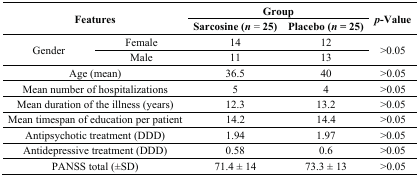
| <ROWSPAN=2-COLSPAN=2> Features | <COLSPAN=2> Group | <ROWSPAN=2> p-Value |
 | Sarcosine (n = 25) | Placebo (n = 25) |
 | --- | --- | --- | --- | --- |
 | <ROWSPAN=2> Gender | Female | 14 | 12 | <ROWSPAN=2> >0.05 |
 | Male | 11 | 13 |
 | <COLSPAN=2> Age (mean) | 36.5 | 40 | >0.05 |
 | <COLSPAN=2> Mean number of hospitalizations | 5 | 4 | >0.05 |
 | <COLSPAN=2> Mean duration of the illness (years) | 12.3 | 13.2 | >0.05 |
 | <COLSPAN=2> Mean timespan of education per patient | 14.2 | 14.4 | >0.05 |
 | <COLSPAN=2> Antipsychotic treatment (DDD) | 1.94 | 1.97 | >0.05 |
 | <COLSPAN=2> Antidepressive treatment (DDD) | 0.58 | 0.6 | >0.05 |
 | <COLSPAN=2> PANSS total (±SD) | 71.4 ± 14 | 73.3 ± 13 | >0.05 |